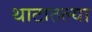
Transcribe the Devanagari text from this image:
थाटातल्या